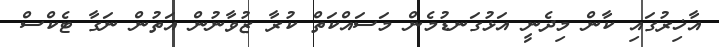
އާޚިރުގައި ކާން މިދެނީ އަޅުގަނޑުމެން މަސައްކަތް ކުރާ ޒުވާނުން އަތުން ނަގާ ޓެކްސް